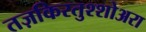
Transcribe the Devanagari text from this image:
तज़किरतुश्शोअरा